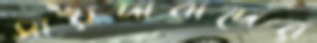
সায়দাবাদের